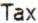
TAX